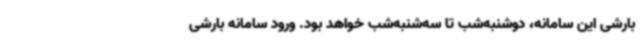
بارشی این سامانه، دوشنبه‌شب تا سه‌شنبه‌شب خواهد بود. ورود سامانه بارشی